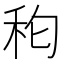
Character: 𮂵